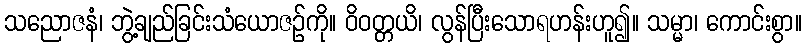
သညောဇနံ၊ ဘွဲ့ချည်ခြင်းသံယောဇဉ်ကို။ ဝိဝတ္တယိ၊ လွန်ပြီးသောရဟန်းဟူ၍။ သမ္မာ၊ ကောင်းစွာ။